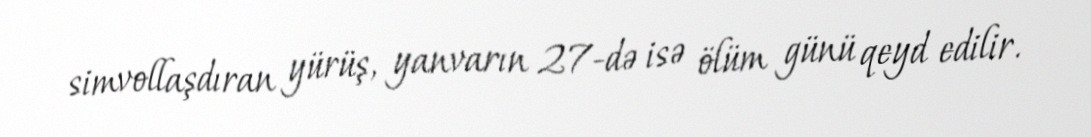
simvollaşdıran yürüş, yanvarın 27-də isə ölüm günü qeyd edilir.